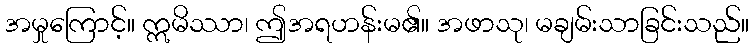
အမှုကြောင့်။ ဣမိဿာ၊ ဤအရဟန်းမ၏။ အဖာသု၊ မချမ်းသာခြင်းသည်။